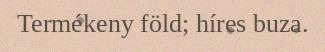
Termékeny föld; híres buza.